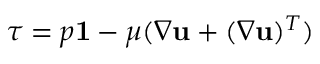
\boldsymbol { \tau } = p \mathbf { 1 } - \mu ( \boldsymbol { \nabla } \mathbf { u } + ( \boldsymbol { \nabla } \mathbf { u } ) ^ { T } )